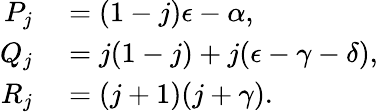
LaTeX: \begin{array}{rl}{P_{j}}&{{}=(1-j)\epsilon-\alpha,}\\ {Q_{j}}&{{}=j(1-j)+j(\epsilon-\gamma-\delta),}\\ {R_{j}}&{{}=(j+1)(j+\gamma).}\end{array}